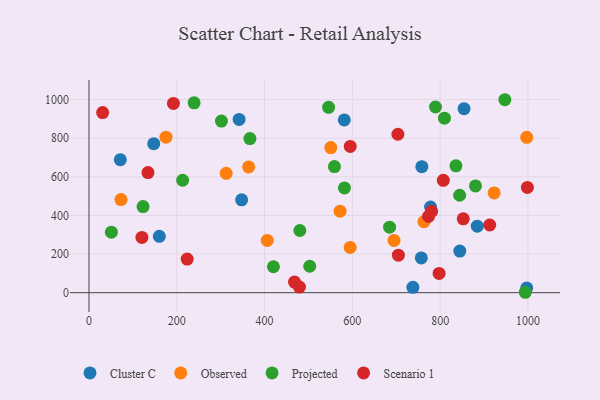
{"axis": {"x": "Distance", "y": "Exam Score"}, "legend": ["Cluster C", "Observed", "Projected", "Scenario 1"], "data": [{"x": "737.9", "y": 27.5, "type": "Cluster C"}, {"x": "844.8", "y": 215.4, "type": "Cluster C"}, {"x": "147.5", "y": 771.7, "type": "Cluster C"}, {"x": "758.3", "y": 652.9, "type": "Cluster C"}, {"x": "778.1", "y": 443.3, "type": "Cluster C"}, {"x": "342.0", "y": 897.5, "type": "Cluster C"}, {"x": "347.8", "y": 481.0, "type": "Cluster C"}, {"x": "160.3", "y": 291.8, "type": "Cluster C"}, {"x": "71.4", "y": 689.2, "type": "Cluster C"}, {"x": "757.1", "y": 180.2, "type": "Cluster C"}, {"x": "581.6", "y": 895.2, "type": "Cluster C"}, {"x": "854.4", "y": 953.0, "type": "Cluster C"}, {"x": "997.2", "y": 24.5, "type": "Cluster C"}, {"x": "884.6", "y": 344.6, "type": "Cluster C"}, {"x": "363.7", "y": 651.7, "type": "Observed"}, {"x": "763.1", "y": 367.9, "type": "Observed"}, {"x": "406.1", "y": 270.5, "type": "Observed"}, {"x": "312.5", "y": 618.1, "type": "Observed"}, {"x": "923.0", "y": 516.6, "type": "Observed"}, {"x": "175.4", "y": 805.6, "type": "Observed"}, {"x": "997.2", "y": 804.8, "type": "Observed"}, {"x": "595.0", "y": 234.5, "type": "Observed"}, {"x": "72.9", "y": 482.3, "type": "Observed"}, {"x": "694.9", "y": 270.9, "type": "Observed"}, {"x": "572.0", "y": 422.1, "type": "Observed"}, {"x": "550.9", "y": 751.6, "type": "Observed"}, {"x": "582.0", "y": 542.7, "type": "Projected"}, {"x": "502.9", "y": 137.0, "type": "Projected"}, {"x": "844.4", "y": 504.8, "type": "Projected"}, {"x": "559.1", "y": 653.2, "type": "Projected"}, {"x": "993.9", "y": 2.1, "type": "Projected"}, {"x": "545.9", "y": 960.4, "type": "Projected"}, {"x": "420.2", "y": 134.3, "type": "Projected"}, {"x": "480.4", "y": 322.2, "type": "Projected"}, {"x": "684.8", "y": 339.2, "type": "Projected"}, {"x": "836.0", "y": 657.3, "type": "Projected"}, {"x": "301.8", "y": 888.9, "type": "Projected"}, {"x": "880.5", "y": 553.0, "type": "Projected"}, {"x": "213.4", "y": 582.4, "type": "Projected"}, {"x": "366.6", "y": 798.5, "type": "Projected"}, {"x": "809.8", "y": 903.9, "type": "Projected"}, {"x": "51.0", "y": 313.4, "type": "Projected"}, {"x": "789.4", "y": 961.9, "type": "Projected"}, {"x": "239.5", "y": 983.4, "type": "Projected"}, {"x": "947.4", "y": 999.6, "type": "Projected"}, {"x": "123.2", "y": 446.2, "type": "Projected"}, {"x": "479.5", "y": 28.9, "type": "Scenario 1"}, {"x": "120.6", "y": 286.5, "type": "Scenario 1"}, {"x": "852.6", "y": 382.7, "type": "Scenario 1"}, {"x": "780.5", "y": 421.5, "type": "Scenario 1"}, {"x": "31.1", "y": 933.1, "type": "Scenario 1"}, {"x": "703.7", "y": 820.7, "type": "Scenario 1"}, {"x": "134.4", "y": 622.3, "type": "Scenario 1"}, {"x": "192.4", "y": 980.3, "type": "Scenario 1"}, {"x": "468.2", "y": 55.0, "type": "Scenario 1"}, {"x": "912.9", "y": 350.7, "type": "Scenario 1"}, {"x": "797.6", "y": 99.9, "type": "Scenario 1"}, {"x": "807.2", "y": 582.2, "type": "Scenario 1"}, {"x": "595.2", "y": 757.7, "type": "Scenario 1"}, {"x": "223.7", "y": 174.1, "type": "Scenario 1"}, {"x": "704.9", "y": 194.2, "type": "Scenario 1"}, {"x": "773.6", "y": 395.0, "type": "Scenario 1"}, {"x": "998.7", "y": 545.3, "type": "Scenario 1"}]}